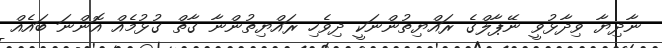
ނާދިޔާ ވިދާޅުވީ ނޭޕާލްގެ ރައްޔިތުންނަކީ ދިވެހި ރައްޔިތުންނާ ގާތް ގުޅުމެއް އޮންނަ ބައެއް